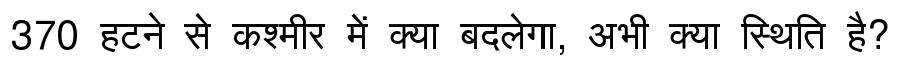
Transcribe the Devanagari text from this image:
370 हटने से कश्मीर में क्या बदलेगा, अभी क्या स्थिति है?